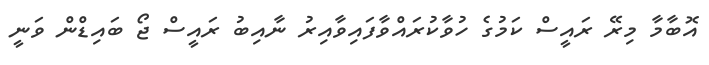
އޮބާމާ މިރޭ ރައީސް ކަމުގެ ހުވާކުރައްވާފައިވާއިރު ނާއިބު ރައީސް ޖޯ ބައިޑްން ވަނީ